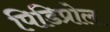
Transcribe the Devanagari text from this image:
पिडिप्रोल